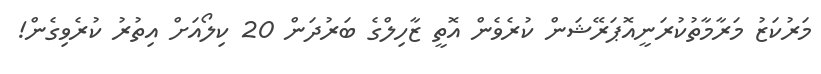
މަރުކަޒު މަރާމާތުކުރަނީއޮޕަރޭޝަން ކުރެވެން އޮތީ ޒާހިލްގެ ބަރުދަން 20 ކިލޯއަށް އިތުރު ކުރެވިގެން!